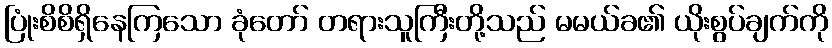
ပြုံးစိစိရှိနေကြသော ခုံတော် တရားသူကြီးတို့သည် မမယ်ခ၏ ယိုးစွပ်ချက်ကို